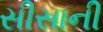
સીસાની